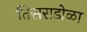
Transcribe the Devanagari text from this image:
तिसराडोळा